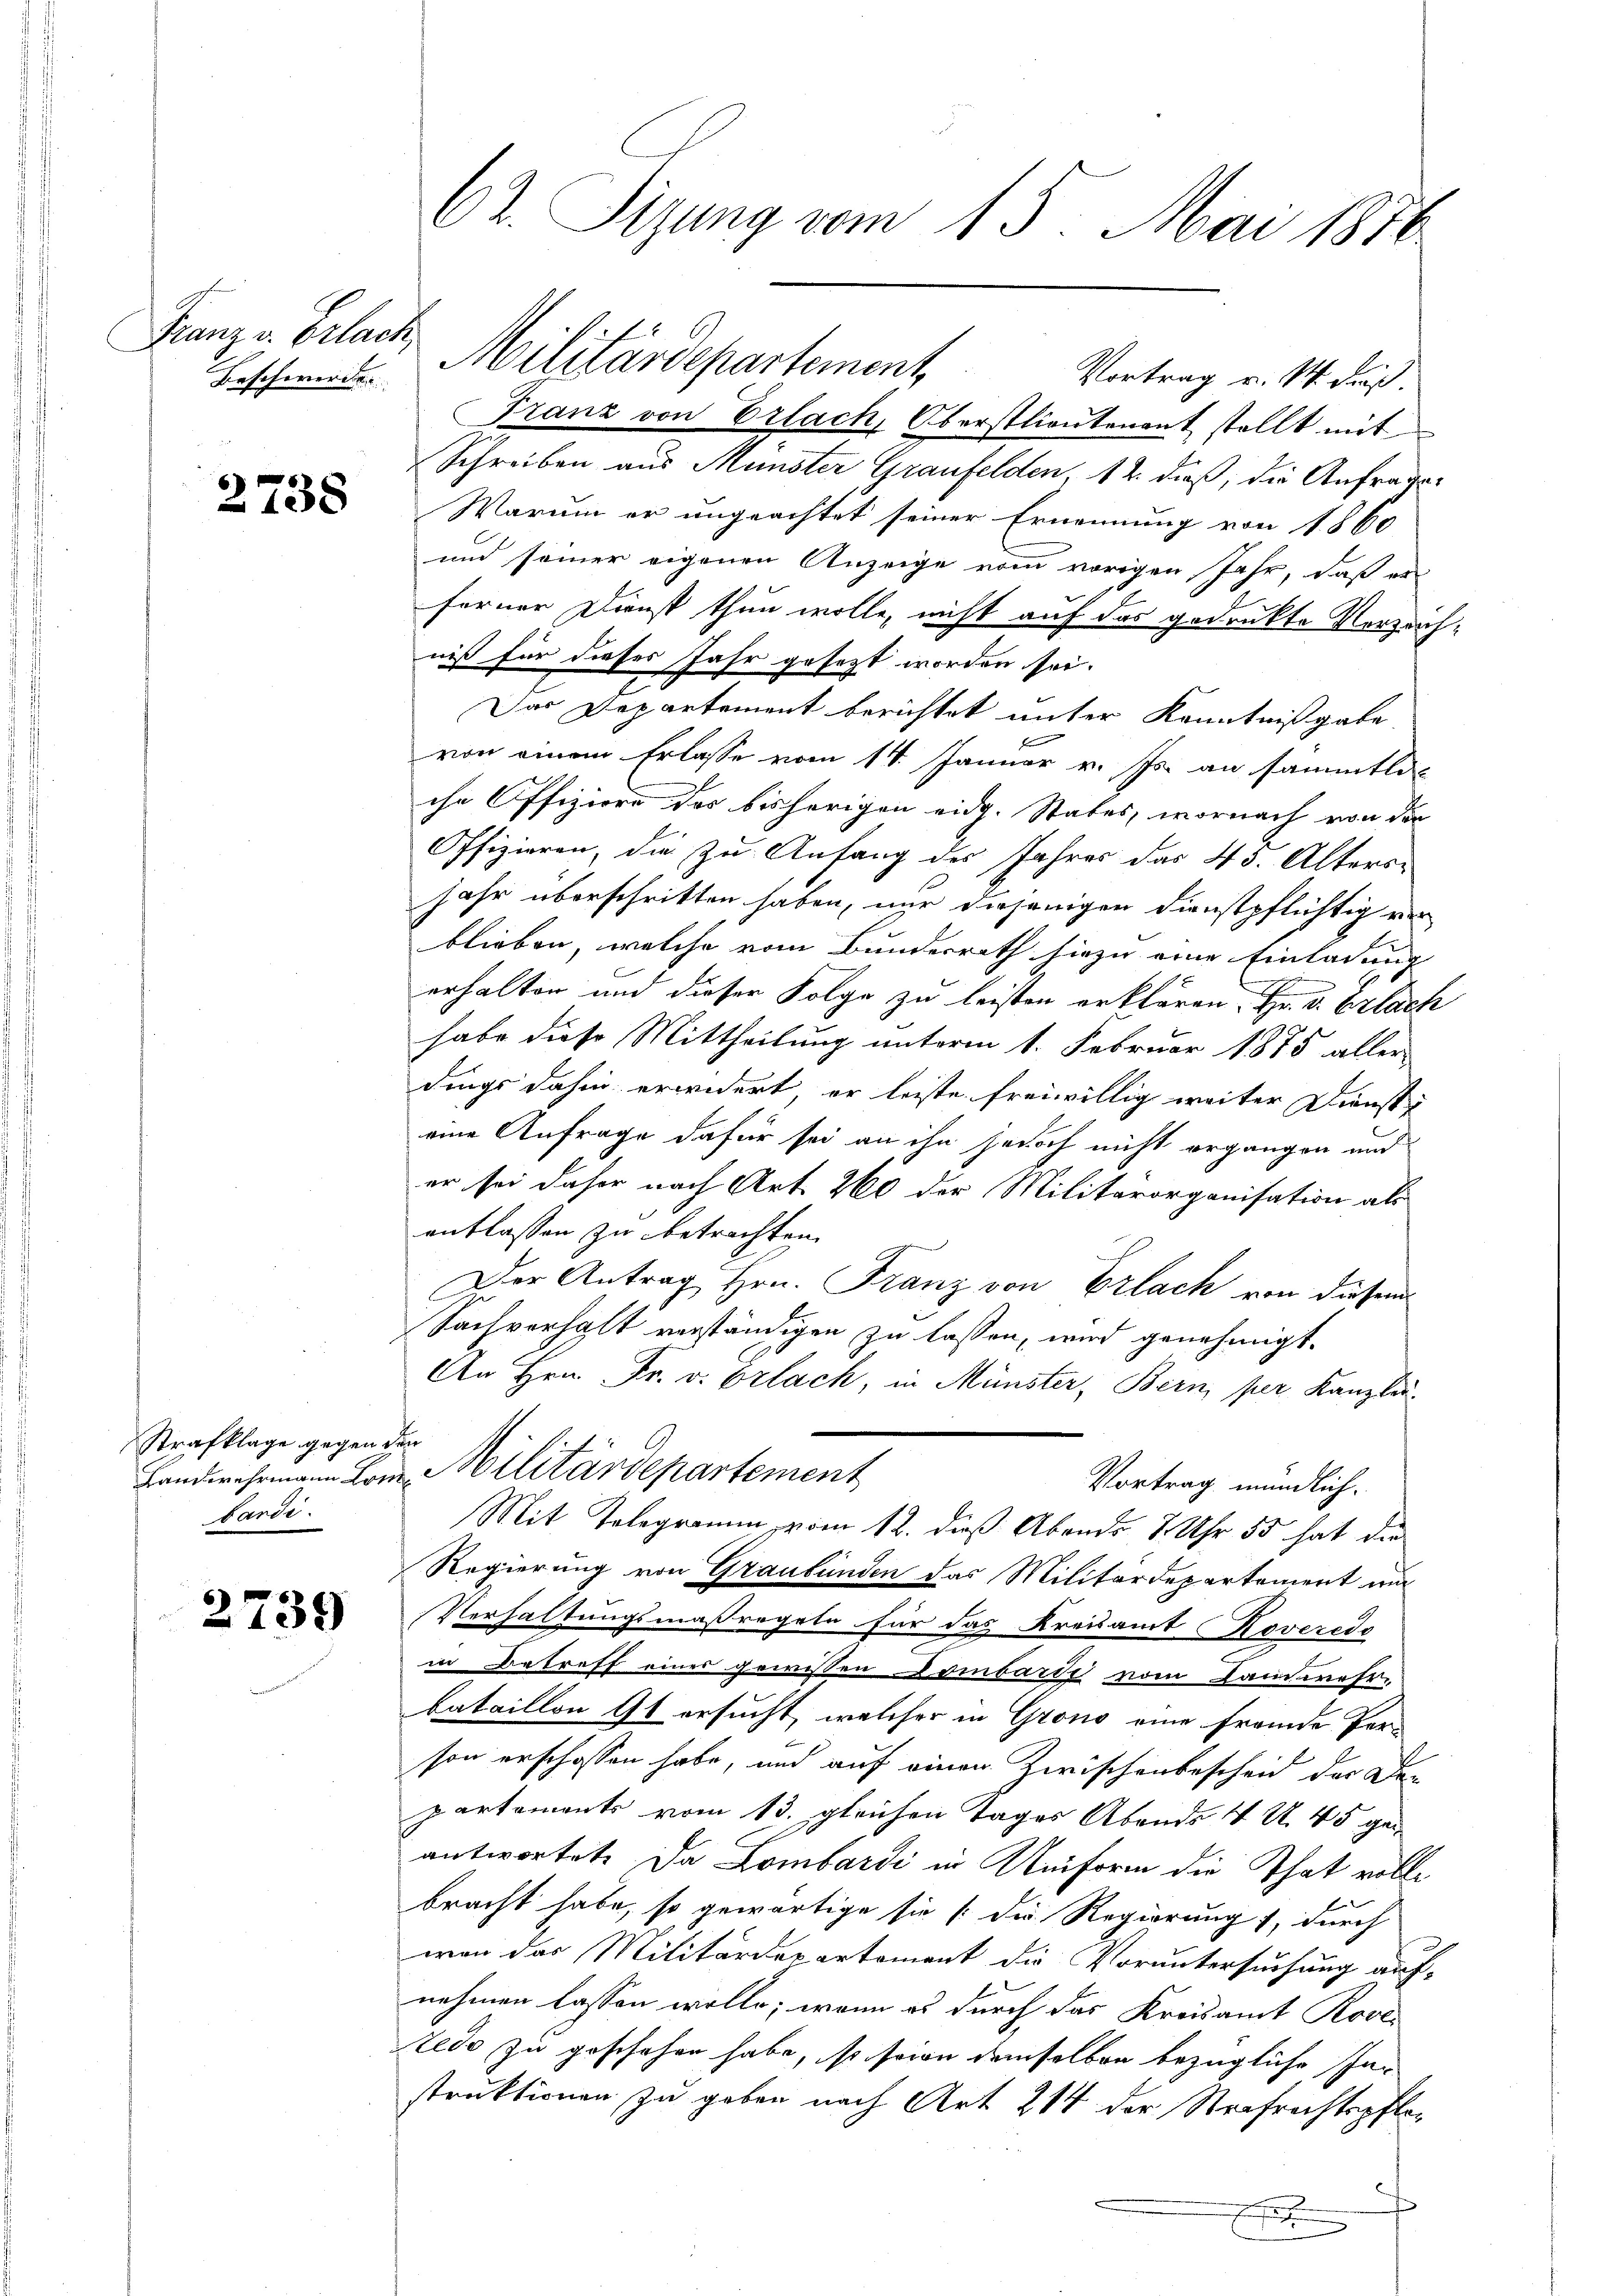
Franz v. Erlach,
Beschwerden

2738

Strafklage gegen den
bardi.

2739

62. Sizung vom 15. Mai 1816.

Vortrag u. M. dieß.
Franz von Erlach, Oberstlieutenant stellt mit
Schreiben aus Münster Graufelden, 12. dieß, die Anfrages
Warum er ungeachtet seiner Ernennung von 1860
und seiner eigenen Anzeige vom vorigen Jahr, daß er
ferner Dienst thun wolle, nicht auf das gedrukte Verzichniß für dieses Jahr gesezt worden sei.
Das Departement berichtet unter Kenntnißgabe
von einem Erlasse vom 14. Januar v. Js. an sämmtli
che Offiziere des bisherigen eidg. States, wornach von der
Offizieren, die zu Anfang des Jahres das 43. Altersjahr überschritten haben, nur diejenigen Dienstpflichtig ver
blieben, welche vom Bundesrath hiezu eine Einladung
erhalten und dieser Folge zu leisten erklären. Hr. v. Erlach
habe diese Mittheilung unterm 1. Februar 1875 aller
dings dahin erwidert, er leiste freiwillig weiter Dienst
eine Anfrage dafür sei an ihn jedoch nicht ergangen und
er sei daher nach Art. 260 der Militärorganisation als
entlassen zu betrachten
Der Antrag Hrn. Franz von Erlach von diesem
Sachverhalt verständigen zu lassen, wird genehmigt.
An Hrn. Fr. v. Orlach, in Münster, Bern, per Kanzlei-
Landwehrmann Bon Militärdepartement
Vortrag mündlich.
Mit Telegramm, vom 12. dieß Abends 7 Uhr 55 hat die
Regierung von Graubünden das Militärdepartement und
Verhaltungsmaßregeln für das Kreisamt Roveredo
in Betreff eines gewissen Dombardi vom Sammer-
bataillon 9t ersucht, welcher in Grono eine fremde Person erschossen habe, und auf einen Zwischenbescheid der Dan
partements vom 13. gleichen Tages Abends V S. 45 geiantwortet. Da Lombardi in Minform die That volle
bracht habe, so gewärtige sie (die Regierung, durch
von das Militärdepartement die Voruntersuchung auf-
nehmen lassen wolle; wenn es durch das Kreisamt Rove
Zedo zu geschehen habe, so sein demselben bezügliche Instruktionen zu geben nach Art. 214 der Strafrechtspfled

Militärdepartement